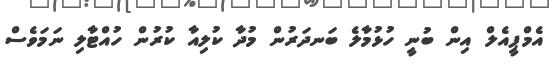
އެމްޕީއެލް އިން ބުނީ ހުޅުމާލެ ބަނދަރުން މުދާ ކުލިއާ ކުރުން ހުއްޓާލި ނަމަވެސް